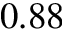
0 . 8 8